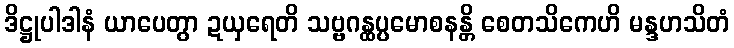
ဒိဋ္ဌုပါဒါနံ ယာပေတွာ ဍယှရေတိ သဗ္ဗဂန္ထပ္ပမောစနန္တိ စေတသိကေဟိ မန္ဒဟသိတံ